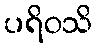
ပရိဝသိ